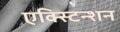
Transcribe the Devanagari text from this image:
एक्स्टिन्शन